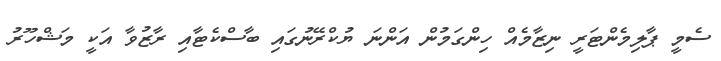
ސެމީ ޕާލިމެންޓަރީ ނިޒާމެއް ހިންގަމުން އަންނަ ޔުކްރޭނުގައި ބާސްކެޓާއި ރާޒުވާ އަކީ މަޝްހޫރު